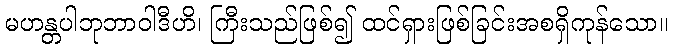
မဟန္တပါဘုဘာဝါဒီဟိ၊ ကြီးသည်ဖြစ်၍ ထင်ရှားဖြစ်ခြင်းအစရှိကုန်သော။